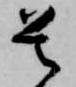
是